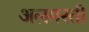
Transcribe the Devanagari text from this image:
अलमस्ती